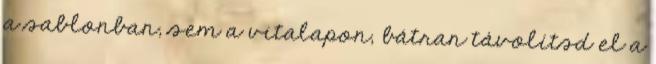
a sablonban, sem a vitalapon, bátran távolítsd el a